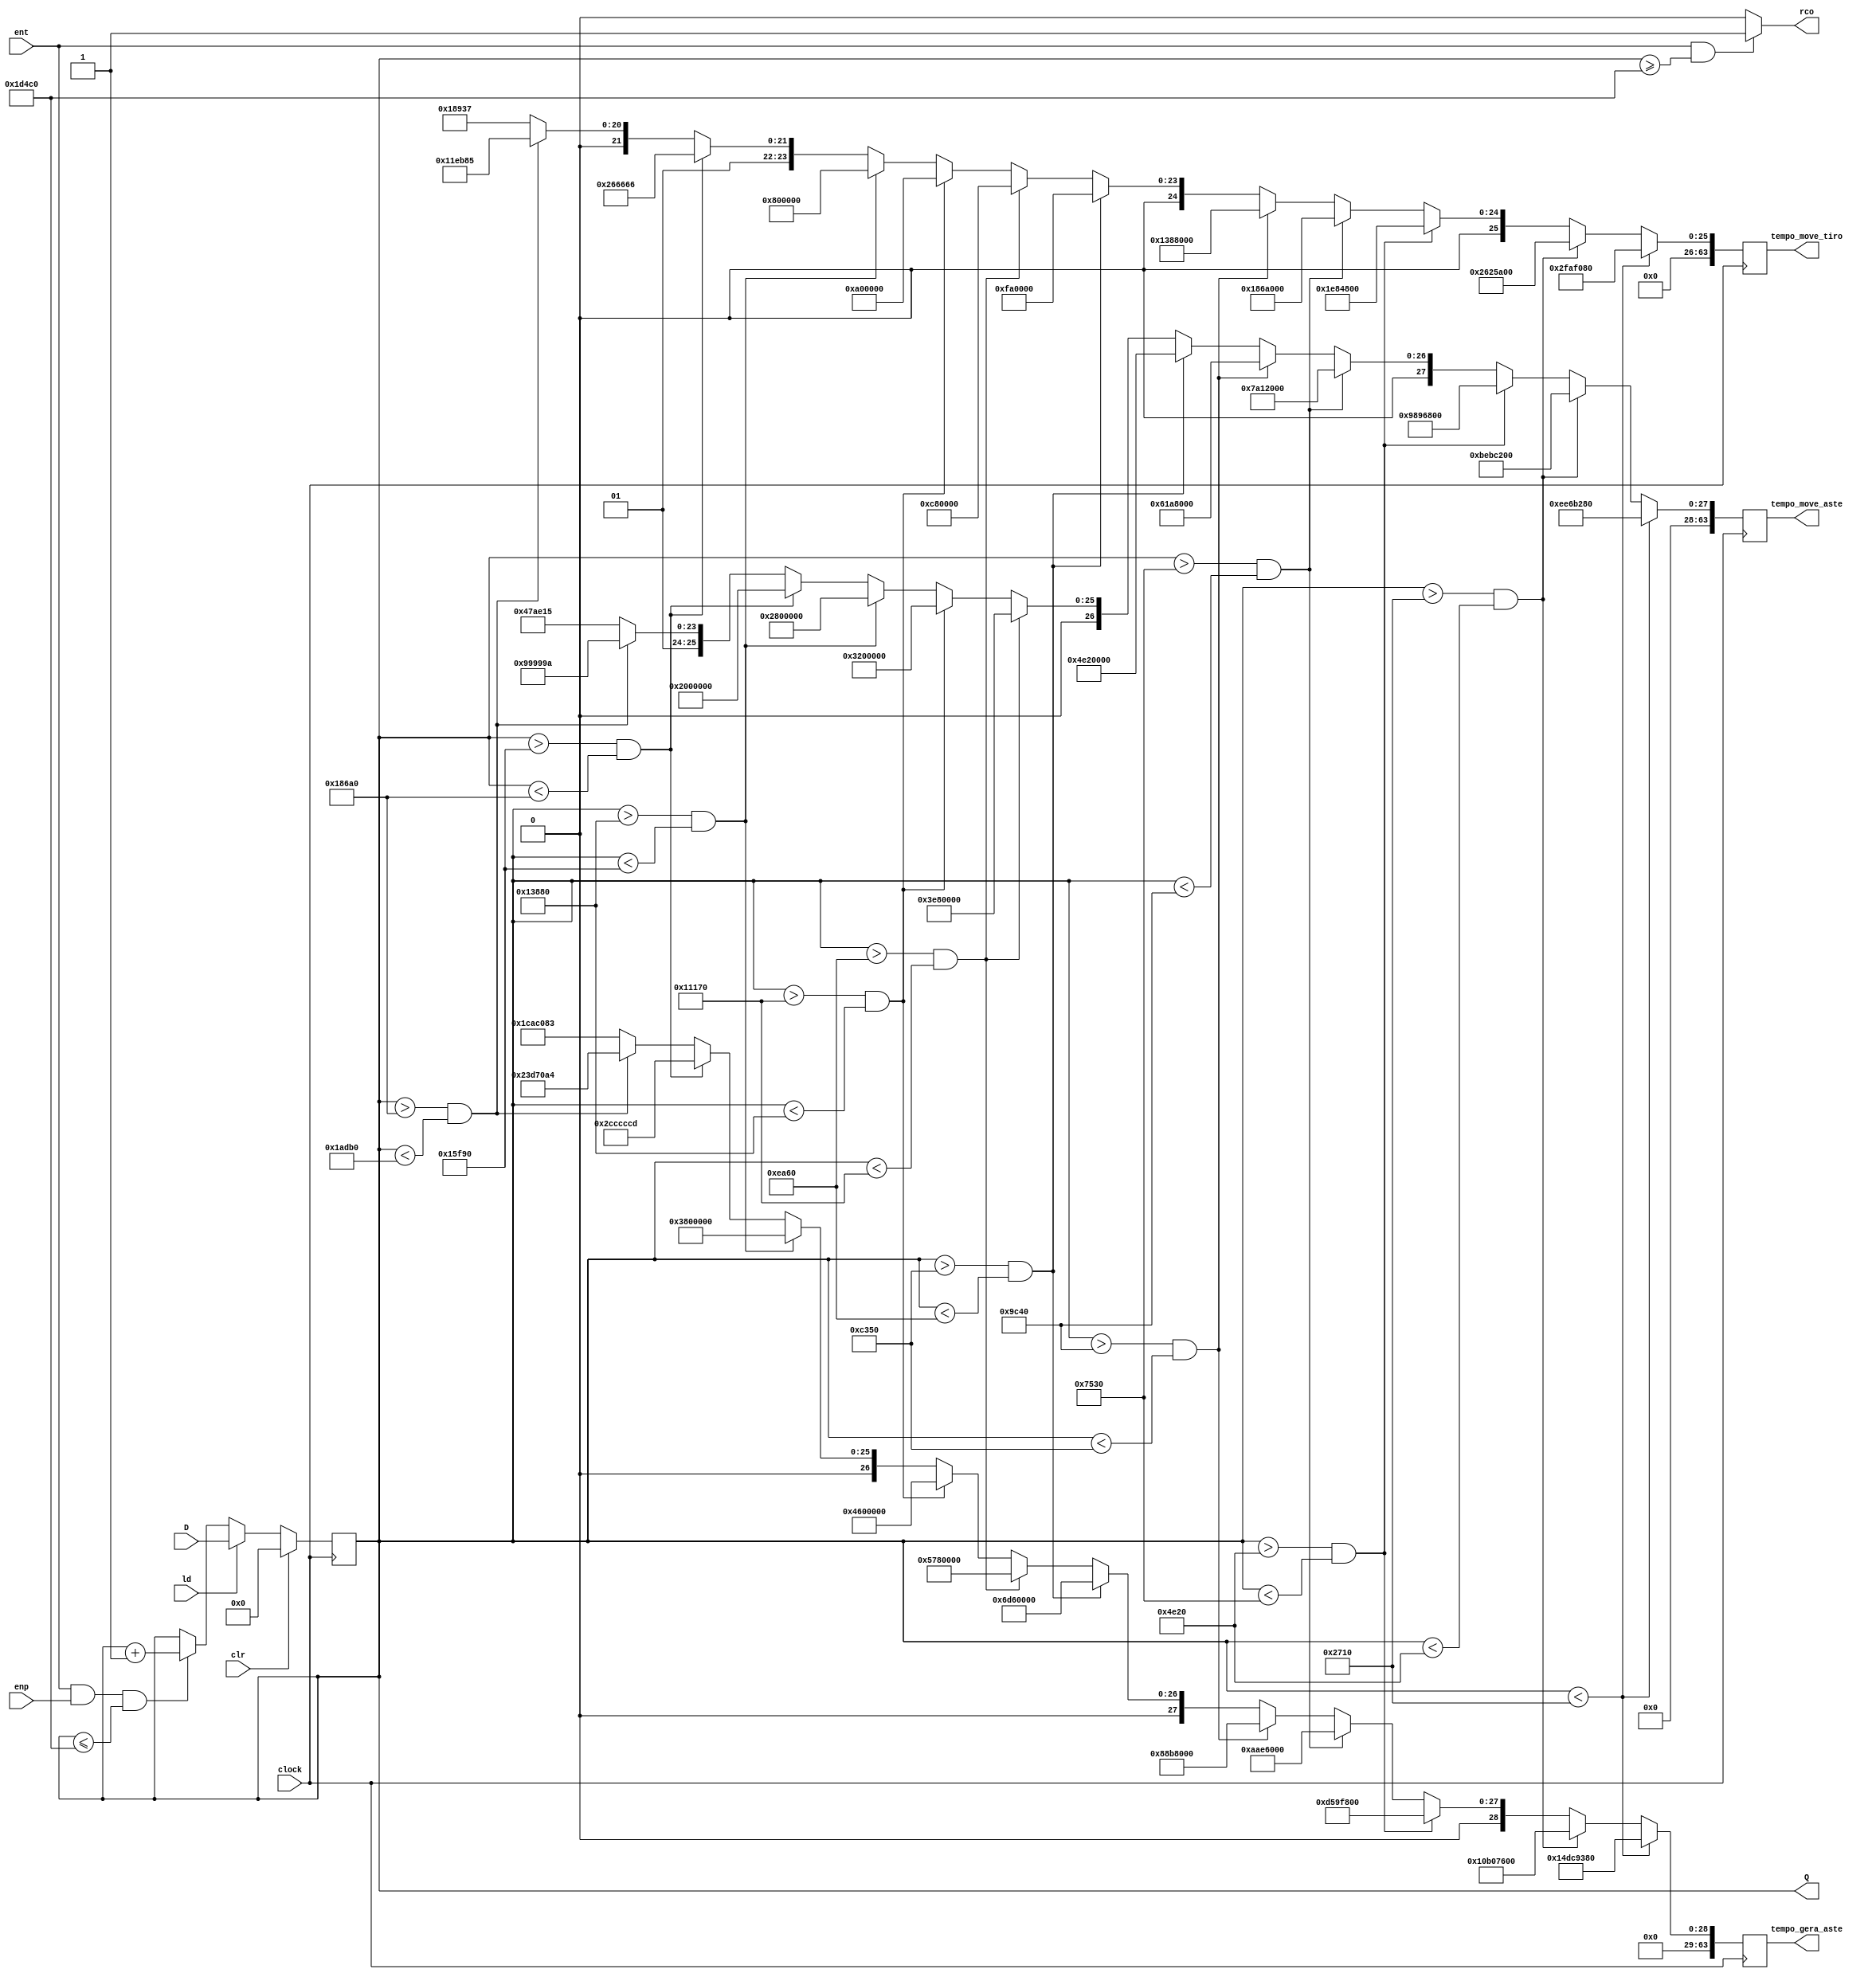
/*
    Modulo de contador desenvolvido pelo grupo onde foi utilizado como base o contador_163 disponibilizado pelo professor.
    Esse contador determina o intervalo de gerao dos asteroides, de movimentao dos asteroides e de movimentao dos tiros.
    Para cada intervalo h um valor fixado dos tempos supracitados.
*/
module contador_163_dificuldades #(parameter N = 16, parameter tempo = 10000) ( 
    input clock, 
    input clr, 
    input ld, 
    input ent, 
    input enp, 
    input [N-1:0] D,
    output reg [N-1:0] Q, 
    output reg rco,
    output reg [63:0] tempo_gera_aste,
    output reg [63:0] tempo_move_aste,
    output reg [63:0] tempo_move_tiro
);

    parameter tempo_move_tiro_easy1   = 64'd50000000;
    parameter tempo_move_tiro_easy2   = 64'd40000000;
    parameter tempo_move_tiro_easy3   = 64'd32000000;
    parameter tempo_move_tiro_easy4   = 64'd25600000;
    parameter tempo_move_tiro_medium1 = 64'd20480000;
    parameter tempo_move_tiro_medium2 = 64'd16384000;
    parameter tempo_move_tiro_medium3 = 64'd13107200;
    parameter tempo_move_tiro_medium4 = 64'd10485760;
    parameter tempo_move_tiro_hard1   = 64'd8388608;
    parameter tempo_move_tiro_hard2   = 64'd6710886;
    parameter tempo_move_tiro_hard3   = 64'd5368709;
    parameter tempo_move_tiro_hard4   = 64'd4294967;

    parameter tempo_move_asteroide_easy1   = 64'd250000000;
    parameter tempo_move_asteroide_easy2   = 64'd200000000;
    parameter tempo_move_asteroide_easy3   = 64'd160000000;
    parameter tempo_move_asteroide_easy4   = 64'd128000000;
    parameter tempo_move_asteroide_medium1 = 64'd102400000;
    parameter tempo_move_asteroide_medium2 = 64'd81920000;
    parameter tempo_move_asteroide_medium3 = 64'd65536000;
    parameter tempo_move_asteroide_medium4 = 64'd52428800;
    parameter tempo_move_asteroide_hard1   = 64'd41943040;
    parameter tempo_move_asteroide_hard2   = 64'd33554432;
    parameter tempo_move_asteroide_hard3   = 64'd26843546;
    parameter tempo_move_asteroide_hard4   = 64'd21474837;


    // parameter tempo_move_asteroide_easy1   = 64'd25000000;
    // parameter tempo_move_asteroide_easy2   = 64'd25000000;
    // parameter tempo_move_asteroide_easy3   = 64'd25000000;
    // parameter tempo_move_asteroide_easy4   = 64'd25000000;
    // parameter tempo_move_asteroide_medium1 = 64'd25000000;
    // parameter tempo_move_asteroide_medium2 = 64'd25000000;
    // parameter tempo_move_asteroide_medium3 = 64'd25000000;
    // parameter tempo_move_asteroide_medium4 = 64'd25000000;
    // parameter tempo_move_asteroide_hard1   = 64'd25000000;
    // parameter tempo_move_asteroide_hard2   = 64'd25000000;
    // parameter tempo_move_asteroide_hard3   = 64'd25000000;
    // parameter tempo_move_asteroide_hard4   = 64'd25000000;

    parameter tempo_gera_asteroide_easy1   = 64'd350000000;
    parameter tempo_gera_asteroide_easy2   = 64'd280000000;
    parameter tempo_gera_asteroide_easy3   = 64'd224000000;
    parameter tempo_gera_asteroide_easy4   = 64'd179200000;
    parameter tempo_gera_asteroide_medium1 = 64'd143360000;
    parameter tempo_gera_asteroide_medium2 = 64'd114688000;
    parameter tempo_gera_asteroide_medium3 = 64'd91750400;
    parameter tempo_gera_asteroide_medium4 = 64'd73400320;
    parameter tempo_gera_asteroide_hard1   = 64'd58720256;
    parameter tempo_gera_asteroide_hard2   = 64'd46976205;
    parameter tempo_gera_asteroide_hard3   = 64'd37580964;
    parameter tempo_gera_asteroide_hard4   = 64'd30064771;


    initial begin
        Q = 0;
    end
        
    always @ (posedge clock)
        if (clr)               Q <= 0;
        else if (ld)           Q <= D;
        else if (ent && enp && Q <= 12*tempo)   Q <= Q + 1;
        else                   Q <= Q;

    always @ (Q or ent)
        if (ent && (Q >= 12*tempo))     rco = 1;
        else                       rco = 0;

    always @ (posedge clock)
        if (Q < 1*tempo) begin
            tempo_gera_aste = tempo_gera_asteroide_easy1;
            tempo_move_aste = tempo_move_asteroide_easy1;
            tempo_move_tiro = tempo_move_tiro_easy1;
        end
        else if (Q > 1*tempo && Q < 2*tempo) begin
            tempo_gera_aste = tempo_gera_asteroide_easy2;
            tempo_move_aste = tempo_move_asteroide_easy2;
            tempo_move_tiro = tempo_move_tiro_easy2;
        end
        else if (Q > 2*tempo && Q < 3*tempo) begin
            tempo_gera_aste = tempo_gera_asteroide_easy3;
            tempo_move_aste = tempo_move_asteroide_easy3;
            tempo_move_tiro = tempo_move_tiro_easy3;
        end
        else if (Q > 3*tempo && Q < 4*tempo) begin
            tempo_gera_aste = tempo_gera_asteroide_easy4;
            tempo_move_aste = tempo_move_asteroide_easy4;
            tempo_move_tiro = tempo_move_tiro_easy4;
        end
        else if (Q > 4*tempo && Q < 5*tempo) begin
            tempo_gera_aste = tempo_gera_asteroide_medium1;
            tempo_move_aste = tempo_move_asteroide_medium1;
            tempo_move_tiro = tempo_move_tiro_medium1;
        end
        else if (Q > 5*tempo && Q < 6*tempo) begin
            tempo_gera_aste = tempo_gera_asteroide_medium2;
            tempo_move_aste = tempo_move_asteroide_medium2;
            tempo_move_tiro = tempo_move_tiro_medium2;
        end
        else if (Q > 6*tempo && Q < 7*tempo) begin
            tempo_gera_aste = tempo_gera_asteroide_medium3;
            tempo_move_aste = tempo_move_asteroide_medium3;
            tempo_move_tiro = tempo_move_tiro_medium3;
        end
        else if (Q > 7*tempo && Q < 8*tempo) begin
            tempo_gera_aste = tempo_gera_asteroide_medium4;
            tempo_move_aste = tempo_move_asteroide_medium4;
            tempo_move_tiro = tempo_move_tiro_medium4;
        end
        else if (Q > 8*tempo && Q < 9*tempo) begin
            tempo_gera_aste = tempo_gera_asteroide_hard1;
            tempo_move_aste = tempo_move_asteroide_hard1;
            tempo_move_tiro = tempo_move_tiro_hard1;
        end
        else if (Q > 9*tempo && Q < 10*tempo) begin
            tempo_gera_aste = tempo_gera_asteroide_hard2;
            tempo_move_aste = tempo_move_asteroide_hard2;
            tempo_move_tiro = tempo_move_tiro_hard2;
        end
        else if (Q > 10*tempo && Q < 11*tempo) begin
            tempo_gera_aste = tempo_gera_asteroide_hard3;
            tempo_move_aste = tempo_move_asteroide_hard3;
            tempo_move_tiro = tempo_move_tiro_hard3;
        end
        else begin
            tempo_gera_aste = tempo_gera_asteroide_hard4;
            tempo_move_aste = tempo_move_asteroide_hard4;
            tempo_move_tiro = tempo_move_tiro_hard4;
        end
endmodule